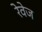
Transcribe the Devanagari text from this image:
रेवेज